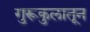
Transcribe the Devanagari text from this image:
गुरूकुलातून